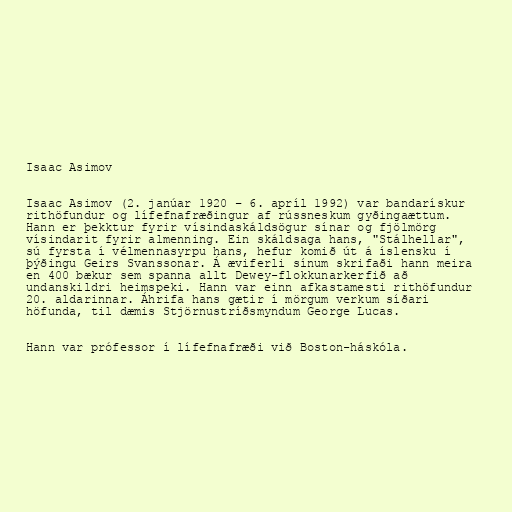
Isaac Asimov

Isaac Asimov (2. janúar 1920 – 6. apríl 1992) var bandarískur
rithöfundur og lífefnafræðingur af rússneskum gyðingaættum.
Hann er þekktur fyrir vísindaskáldsögur sínar og fjölmörg
vísindarit fyrir almenning. Ein skáldsaga hans, "Stálhellar",
sú fyrsta í vélmennasyrpu hans, hefur komið út á íslensku í
þýðingu Geirs Svanssonar. Á æviferli sínum skrifaði hann meira
en 400 bækur sem spanna allt Dewey-flokkunarkerfið að
undanskildri heimspeki. Hann var einn afkastamesti rithöfundur
20. aldarinnar. Áhrifa hans gætir í mörgum verkum síðari
höfunda, til dæmis Stjörnustríðsmyndum George Lucas.

Hann var prófessor í lífefnafræði við Boston-háskóla.